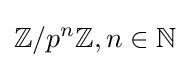
\mathbb {Z} /p^{n}\mathbb {Z} ,n\in \mathbb {N}